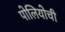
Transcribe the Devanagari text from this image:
पोलियोची